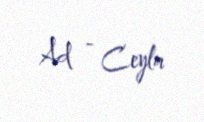
Ad - Ceyla